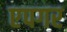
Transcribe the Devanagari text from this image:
एपगर